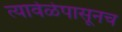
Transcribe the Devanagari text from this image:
त्यावेळेपासूनच